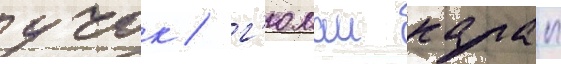
учок / г'юлаи калап